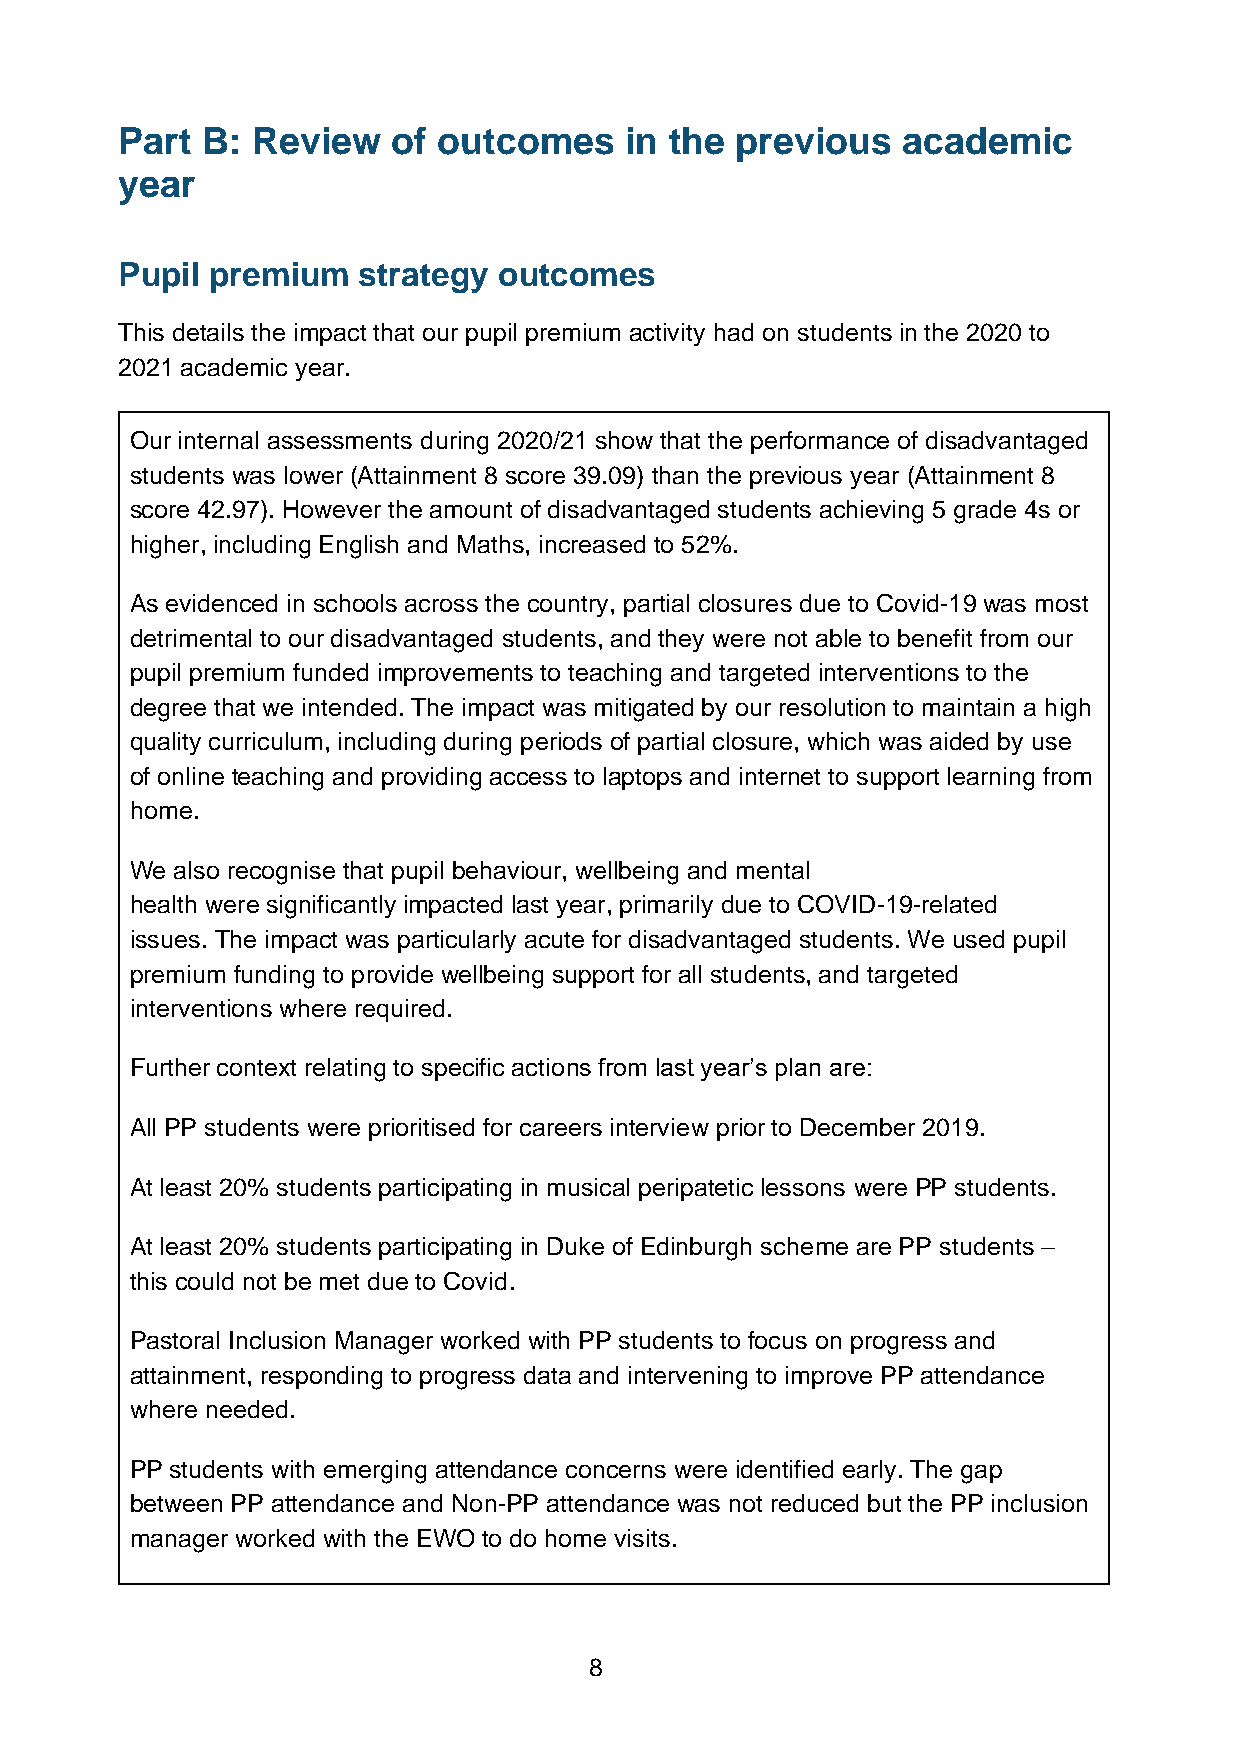
Part B:  Review   of outcomes    in the  previous   academic
 year
 Pupil premium   strategy outcomes
 This details the impact that our pupil premium activity had on students in the 2020 to
 2021 academic year.
 Our internal assessments during 2020/21 show that the performance of disadvantaged
 students was lower (Attainment 8 score 39.09) than the previous year (Attainment 8
 score 42.97). However the amount of disadvantaged students achieving 5 grade 4s or
 higher, including English and Maths, increased to 52%.
 As evidenced in schools across the country, partial closures due to Covid-19 was most
 detrimental to our disadvantaged students, and they were not able to benefit from our
 pupil premium funded improvements to teaching and targeted interventions to the
 degree that we intended. The impact was mitigated by our resolution to maintain a high
 quality curriculum, including during periods of partial closure, which was aided by use
 of online teaching and providing access to laptops and internet to support learning from
 home.
 We also recognise that pupil behaviour, wellbeing and mental
 health were significantly impacted last year, primarily due to COVID-19-related
 issues. The impact was particularly acute for disadvantaged students. We used pupil
 premium funding to provide wellbeing support for all students, and targeted
 interventions where required.
 Further context relating to specific actions from last year’s plan are:
 All PP students were prioritised for careers interview prior to December 2019.
 At least 20% students participating in musical peripatetic lessons were PP students.
 At least 20% students participating in Duke of Edinburgh scheme are PP students –
 this could not be met due to Covid.
 Pastoral Inclusion Manager worked with PP students to focus on progress and
 attainment, responding to progress data and intervening to improve PP attendance
 where needed.
 PP students with emerging attendance concerns were identified early. The gap
 between PP attendance and Non-PP attendance was not reduced but the PP inclusion
 manager worked with the EWO to do home visits.
 8